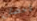
لأحصل